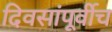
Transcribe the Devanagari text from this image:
दिवसांपूर्वीच